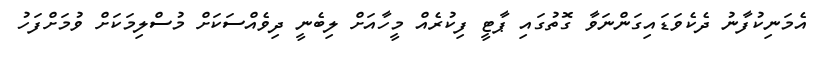
އެމަނިކުފާނު ދެކެވަޑައިގަންނަވާ ގޮތުގައި ޕާޓީ ފިކުރެއް މީހާއަށް ލިބެނީ ދިވެއްސަކަށް މުސްލިމަކަށް ވުމަށްފަހު